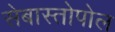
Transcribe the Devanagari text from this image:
सेबास्तोपोल